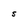
Character: S